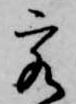
客